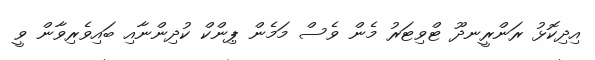
އިދިކޮޅު ރަންރީނދޫ ޓްވިޓަރު މެން ވެސް މަމެން ޕިންކް ކުދިންނާއި ބައިވެރިވާން ވީ